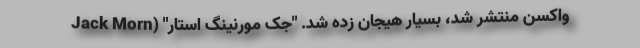
واکسن منتشر شد، بسیار هیجان زده شد. "جک مورنینگ استار" (Jack Morn